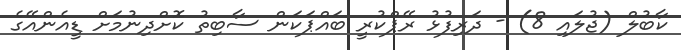
ކާބުލް (ޖުލައި 8) - ދަރިފުޅު ރޭޕްކުރީ ބައްޕަކަން ސާބިތު ކޮށްދިނުމަށް ޑީއެންއޭގެ